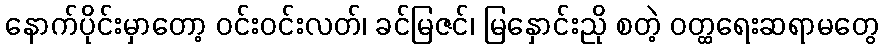
နောက်ပိုင်းမှာတော့ ဝင်းဝင်းလတ်၊ ခင်မြဇင်၊ မြနှောင်းညို စတဲ့ ဝတ္ထရေးဆရာမတွေ